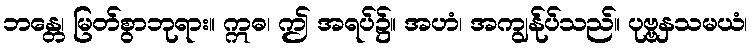
ဘန္တေ၊ မြတ်စွာဘုရား။ ဣဓ၊ ဤ အရပ်၌။ အဟံ၊ အကျွန်ုပ်သည်။ ပုဗ္ဗနှသမယံ၊